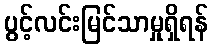
ပွင့်လင်းမြင်သာမှုရှိရန်